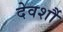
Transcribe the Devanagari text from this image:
देवर्शौ